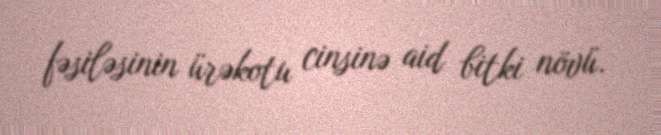
fəsiləsinin ürəkotu cinsinə aid bitki növü.